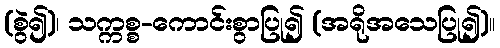
(စွဲ၍)၊ သက္ကစ္စ-ကောင်းစွာပြု၍ (အရိုအသေပြု၍)။